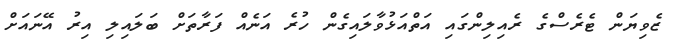
ޒެވިޔަން ޓެރެސްގެ ރެއިލިންގައި އަތްއަޅުވާލައިގެން ހުރެ އަނެއް ފަރާތަށް ބަލައިލި އިރު އޭނައަށް